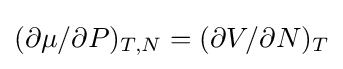
(\partial \mu /\partial P)_{T,N}=(\partial V/\partial N)_{T}